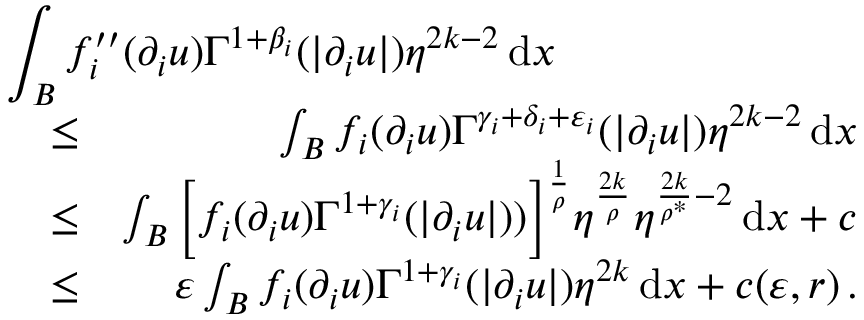
\begin{array} { r l r } { \lefteqn { \int _ { B } f _ { i } ^ { \prime \prime } ( \partial _ { i } u ) \Gamma ^ { 1 + \beta _ { i } } ( | \partial _ { i } u | ) \eta ^ { 2 k - 2 } \, \mathrm { d } x } } \\ & { \leq } & { \int _ { B } f _ { i } ( \partial _ { i } u ) \Gamma ^ { \gamma _ { i } + \delta _ { i } + \varepsilon _ { i } } ( | \partial _ { i } u | ) \eta ^ { 2 k - 2 } \, \mathrm { d } x } \\ & { \leq } & { \int _ { B } \Big [ f _ { i } ( \partial _ { i } u ) \Gamma ^ { 1 + \gamma _ { i } } ( | \partial _ { i } u | ) ) \Big ] ^ { \frac { 1 } { \rho } } \eta ^ { \frac { 2 k } { \rho } } \eta ^ { \frac { 2 k } { \rho ^ { * } } - 2 } \, \mathrm { d } x + c } \\ & { \leq } & { \varepsilon \int _ { B } f _ { i } ( \partial _ { i } u ) \Gamma ^ { 1 + \gamma _ { i } } ( | \partial _ { i } u | ) \eta ^ { 2 k } \, \mathrm { d } x + c ( \varepsilon , r ) \, . } \end{array}